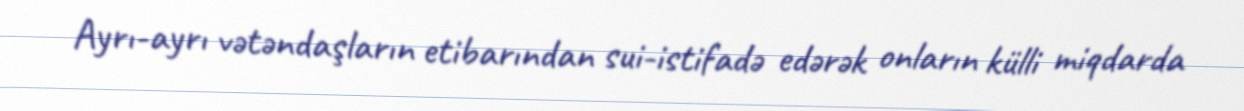
Ayrı-ayrı vətəndaşların etibarından sui-istifadə edərək onların külli miqdarda